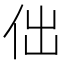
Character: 㑁